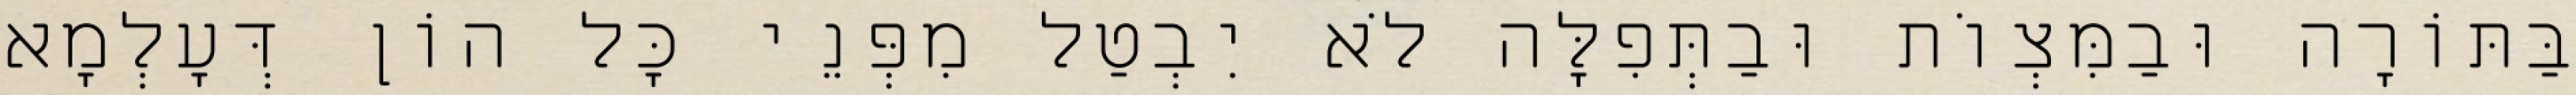
בַּתּוֹרָה וּבַמִּצְוֹת וּבַתְּפִלָּה לֹא יִבְטַל מִפְּנֵי כׇּל הוֹן דְּעָלְמָא